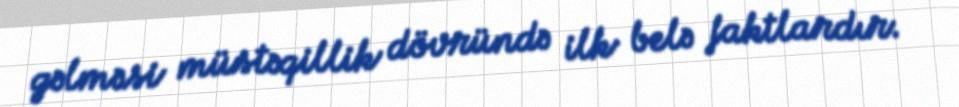
gəlməsi müstəqillik dövründə ilk belə faktlardır.